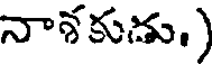
నాశకుడు.)